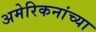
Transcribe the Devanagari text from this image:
अमेरिकनांच्या